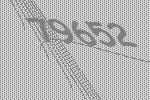
79652